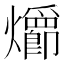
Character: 𪺄